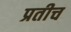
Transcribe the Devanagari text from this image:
प्रतीच